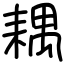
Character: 耦